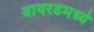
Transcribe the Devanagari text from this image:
वायरडमध्ये